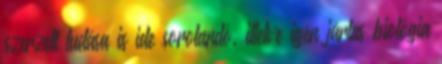
szerzett tudása is ide sorolandó, illetve igen jártas biológia